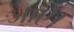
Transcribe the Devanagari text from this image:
जाऐ।